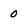
Character: 0